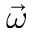
\vec { \omega }